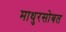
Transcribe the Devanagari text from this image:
माथुरसोबत